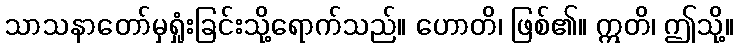
သာသနာတော်မှရှုံးခြင်းသို့ရောက်သည်။ ဟောတိ၊ ဖြစ်၏။ ဣတိ၊ ဤသို့။